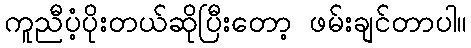
ကူညီပံ့ပိုးတယ်ဆိုပြီးတော့ ဖမ်းချင်တာပါ။